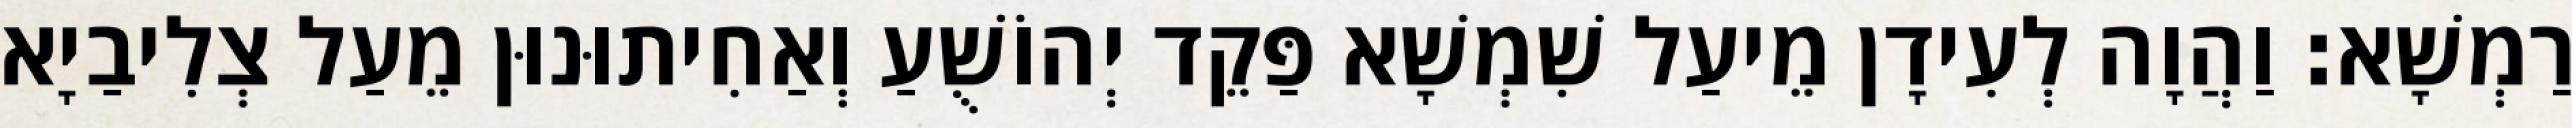
רַמְשָׁא׃ וַהֲוָה לְעִידָן מֵיעַל שִׁמְשָׁא פַּקֵד יְהוֹשֻׁעַ וְאַחִיתוּנוּן מֵעַל צְלִיבַיָא